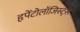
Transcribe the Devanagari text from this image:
हृपेंटोलॉजिस्ट्स